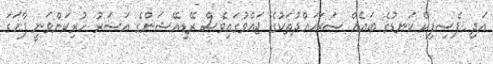
އަދި ޕެސިފިކް ކަނޑުގެ ބައެއް ސަރަޙައްދުތަކުގެ ޖައްވުގައިވެސް ރޭޑިއޭޝަންގެ އަސަރު ހުރިކަންވަނީ ފާހަގަ